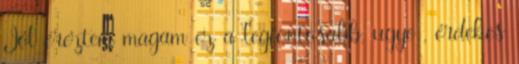
Jól éreztem magam ez a legfontosabb, ugye , érdekes